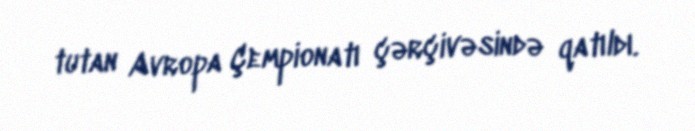
tutan Avropa Çempionatı çərçivəsində qatıldı.